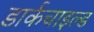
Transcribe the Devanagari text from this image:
डार्कचाइल्ड